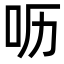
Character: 呖